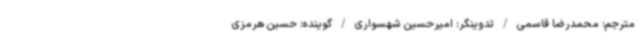
مترجم: محمدرضا قاسمی / تدوینگر: امیرحسین شهسواری / گوینده: حسین هرمزی